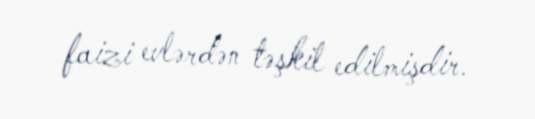
faizi evlərdən təşkil edilmişdir.